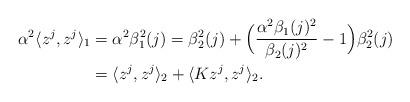
LaTeX: \begin{align*}\alpha^2\langle z^j,z^j\rangle_{1} & = \alpha^2\beta^2_1(j) = \beta_2^2(j) + \Big(\dfrac{\alpha^2\beta_1(j)^2}{\beta_2(j)^2}-1\Big)\beta_2^2(j)\\& = \langle z^j,z^j\rangle_2 + \langle Kz^j,z^j\rangle_2.\end{align*}